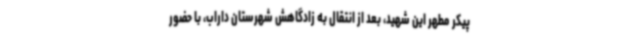
پیکر مطهر این شهید، بعد از انتقال به زادگاهش شهرستان داراب، با حضور